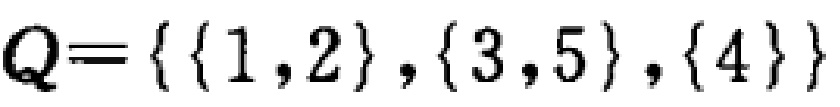
$Q = \{ \{ 1,2 \}, \{ 3,5 \}, \{ 4 \} \}$